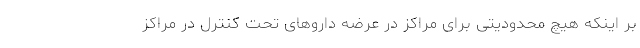
بر اینکه هیچ محدودیتی برای مراکز در عرضه دارو‌های تحت کنترل در مراکز